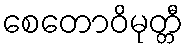
စေတောဝိမုတ္တီ